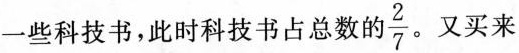
一些科技书，此时科技书占总数的\frac{2}{7}又买来